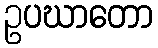
ဥပဃာတော